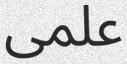
علمى